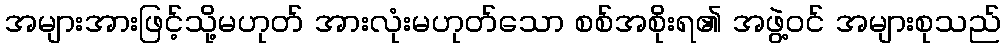
အများအားဖြင့်သို့မဟုတ် အားလုံးမဟုတ်သော စစ်အစိုးရ၏ အဖွဲ့ဝင် အများစုသည်